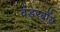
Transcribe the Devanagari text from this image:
वंडरबॉय